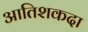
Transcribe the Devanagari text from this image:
आतिशकदा